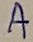
Text: A